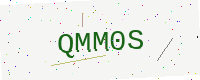
Text: QMM0S